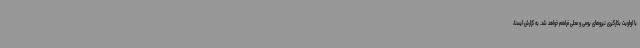
با اولویت بکارگیری نیروهای بومی و محلی فراهم خواهد شد. به گزارش ایسنا،